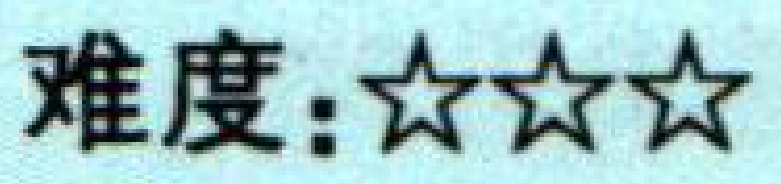
难度：\(\star\star\star\)